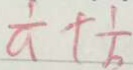
\frac { 1 } { a } + \frac { 1 } { b }